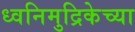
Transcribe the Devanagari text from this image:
ध्वनिमुद्रिकेच्या